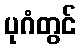
ပုဂံတွင်